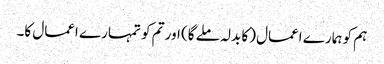
ہم کو ہمارے اعمال (کا بدلہ ملے گا) اور تم کو تمہارے اعمال کا۔